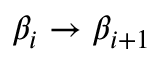
\beta _ { i } \to \beta _ { i + 1 }